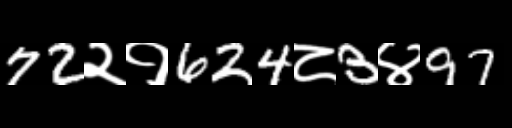
Text: 72२१624८3४97